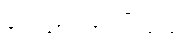
ရေးသားထားကြသည်